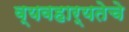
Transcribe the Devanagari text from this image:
व्यवहार्यतेचे